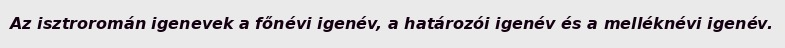
Az isztroromán igenevek a főnévi igenév, a határozói igenév és a melléknévi igenév.